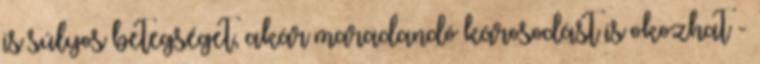
is súlyos betegséget, akár maradandó károsodást is okozhat -